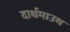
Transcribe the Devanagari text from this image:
दार्थमाउथ